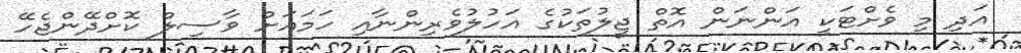
އަދި މި ވެށްޓަކީ އަންނަން އޮތް ޖީލުތަކުގެ އަހުލުވެރިންނާއި ހަމައަށް ވާސިލް ކޮށްދޭންޖެހޭ